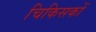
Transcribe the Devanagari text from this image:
चिकिसकों